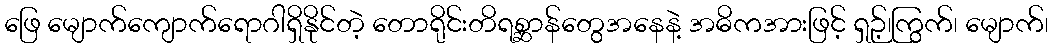
ဖြေ မျောက်ကျောက်ရောဂါရှိနိုင်တဲ့ တောရိုင်းတိရစ္ဆာန်တွေအနေနဲ့ အဓိကအားဖြင့် ရှဉ့်၊ကြွက်၊ မျောက်၊